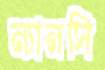
ন্যানসি